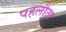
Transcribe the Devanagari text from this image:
पहलौठा